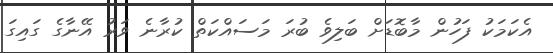
އެކަމަކު ފަހުން މާބޮޑަށް ބަލިވެ ބުރަ މަސައްކަތް ކުރާނެ ވަރު އޭނާގެ ގައިގަ